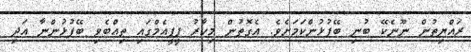
ރައްޔިތުން ނޫނެކޭ ބުނި ބޭފުޅުންކަމަށެވެ. އެގޮތުން މިހާރު ޕީޕީއެމްގައި ތިއްބެވި ބޭފުޅުންނާ އަދި